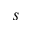
s